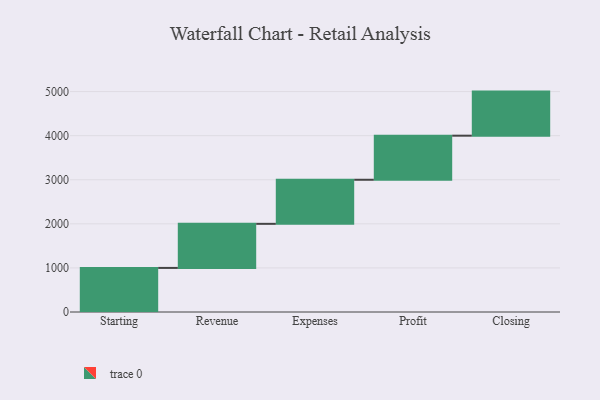
{"axis": {"x": "Step", "y": "Value"}, "legend": [""], "data": [{"x": "Starting", "y": 1000, "type": ""}, {"x": "Revenue", "y": 1000, "type": ""}, {"x": "Expenses", "y": 1000, "type": ""}, {"x": "Profit", "y": 1000, "type": ""}, {"x": "Closing", "y": 1000, "type": ""}]}